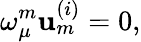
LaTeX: \omega_{\mu}^{{m}}\mathbf{u}_{{m}}^{{(i)}}=0,